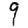
Digit: 9